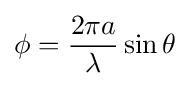
\phi ={\frac {2\pi a}{\lambda }}\sin \theta \,\!